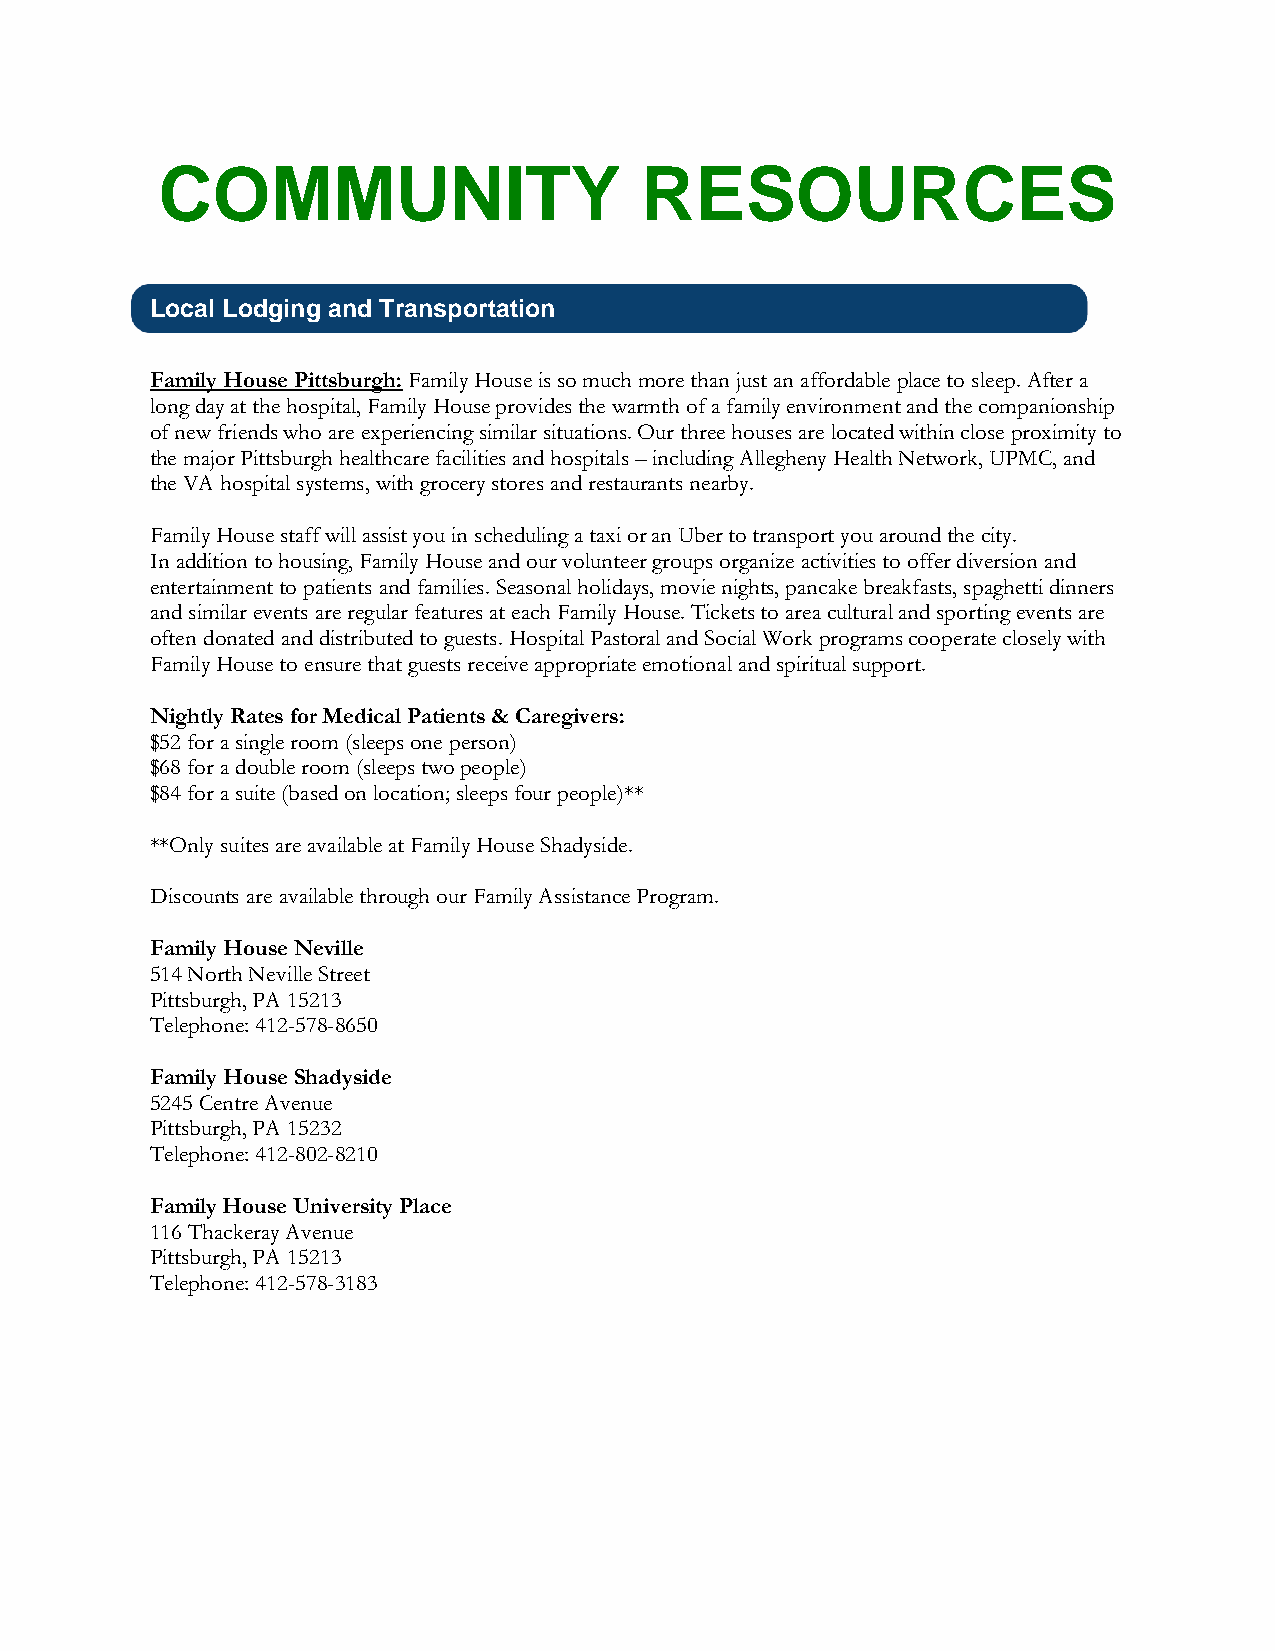
COMMUNITY                       RESOURCES
 Local Lodging and Transportation
 Family House Pittsburgh: Family House is so much more than just an affordable place to sleep. After a
 long day at the hospital, Family House provides the warmth of a family environment and the companionship
 of new friends who are experiencing similar situations. Our three houses are located within close proximity to
 the major Pittsburgh healthcare facilities and hospitals – including Allegheny Health Network, UPMC, and
 the VA hospital systems, with grocery stores and restaurants nearby.
 Family House staff will assist you in scheduling a taxi or an Uber to transport you around the city.
 In addition to housing, Family House and our volunteer groups organize activities to offer diversion and
 entertainment to patients and families. Seasonal holidays, movie nights, pancake breakfasts, spaghetti dinners
 and similar events are regular features at each Family House. Tickets to area cultural and sporting events are
 often donated and distributed to guests. Hospital Pastoral and Social Work programs cooperate closely with
 Family House to ensure that guests receive appropriate emotional and spiritual support.
 Nightly Rates for Medical Patients & Caregivers:
 $52 for a single room (sleeps one person)
 $68 for a double room (sleeps two people)
 $84 for a suite (based on location; sleeps four people)**
 **Only suites are available at Family House Shadyside.
 Discounts are available through our Family Assistance Program.
 Family House Neville
 514 North Neville Street
 Pittsburgh, PA 15213
 Telephone: 412-578-8650
 Family House Shadyside
 5245 Centre Avenue
 Pittsburgh, PA 15232
 Telephone: 412-802-8210
 Family House University Place
 116 Thackeray Avenue
 Pittsburgh, PA 15213
 Telephone: 412-578-3183